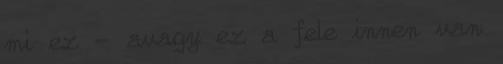
mi ez - avagy ez a fele innen van